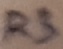
Text: R3